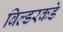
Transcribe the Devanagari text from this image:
बिल्डरकडे